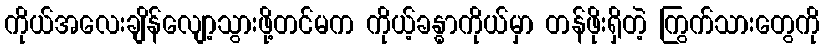
ကိုယ်အလေးချိန်လျော့သွားဖို့တင်မက ကိုယ့်ခန္ဓာကိုယ်မှာ တန်ဖိုးရှိတဲ့ ကြွက်သားတွေကို